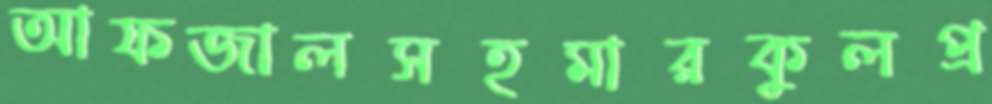
আফজালসহমারকুলপ্র